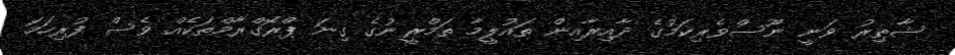
ޝާޠިރު ވަނީ ނޫސްވެރިކަމުގެ ދާއިރާއިން ތައުލީމާ ތަމްރީނުގެ ގިނަ ޕްރޮގްރާމްތަކެއް ވެސް ފުރިހަމަ